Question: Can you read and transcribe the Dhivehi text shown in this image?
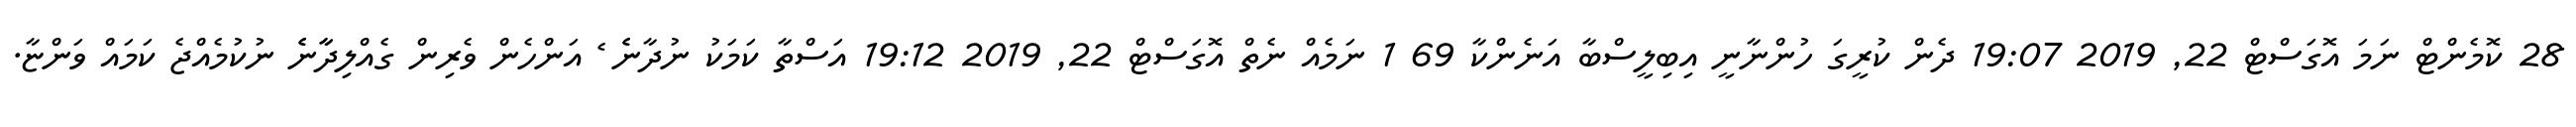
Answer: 28 ކޮމެންޓް ނަމަ އޮގަސްޓް 22, 2019 19:07 ދެން ކުރީގަ ހުންނާނީ އިބިލީސްބާ އަނެންކާ 69 1 ނަމެއް ނެތް އޮގަސްޓް 22, 2019 19:12 އަސްތާ ކަމަކު ނުދާނެެ ެ އަންހެން ވެރިން ގެއްލިދާާނެެ ނުކުމެއްޖެ ކަމައް ވަންޏާ.